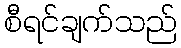
စီရင်ချက်သည်